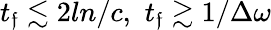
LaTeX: t_{\mathfrak{f}}\lesssim2ln/c,\, \, t_{\mathfrak{f}}\gtrsim1/\Delta\omega